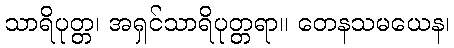
သာရိပုတ္တ၊ အရှင်သာရိပုတ္တရာ။ တေနသမယေန၊